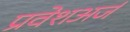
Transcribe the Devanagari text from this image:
प्रवेशअर्ज